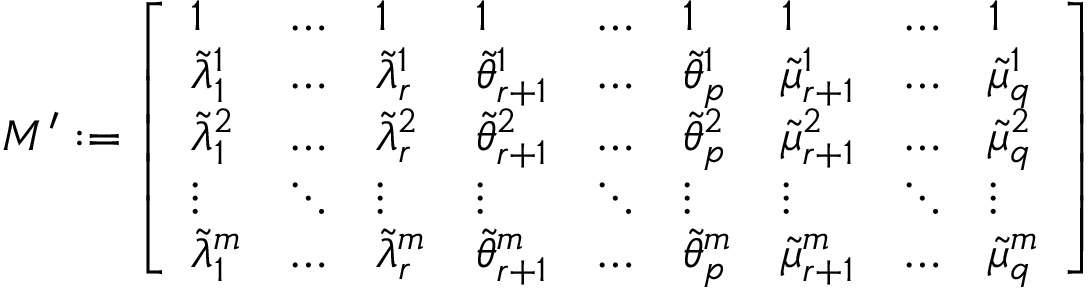
M ^ { \prime } : = \left[ \begin{array} { l l l l l l l l l } { 1 } & { \dots } & { 1 } & { 1 } & { \dots } & { 1 } & { 1 } & { \dots } & { 1 } \\ { \tilde { \lambda } _ { 1 } ^ { 1 } } & { \dots } & { \tilde { \lambda } _ { r } ^ { 1 } } & { \tilde { \theta } _ { r + 1 } ^ { 1 } } & { \dots } & { \tilde { \theta } _ { p } ^ { 1 } } & { \tilde { \mu } _ { r + 1 } ^ { 1 } } & { \dots } & { \tilde { \mu } _ { q } ^ { 1 } } \\ { \tilde { \lambda } _ { 1 } ^ { 2 } } & { \dots } & { \tilde { \lambda } _ { r } ^ { 2 } } & { \tilde { \theta } _ { r + 1 } ^ { 2 } } & { \dots } & { \tilde { \theta } _ { p } ^ { 2 } } & { \tilde { \mu } _ { r + 1 } ^ { 2 } } & { \dots } & { \tilde { \mu } _ { q } ^ { 2 } } \\ { \vdots } & { \ddots } & { \vdots } & { \vdots } & { \ddots } & { \vdots } & { \vdots } & { \ddots } & { \vdots } \\ { \tilde { \lambda } _ { 1 } ^ { m } } & { \dots } & { \tilde { \lambda } _ { r } ^ { m } } & { \tilde { \theta } _ { r + 1 } ^ { m } } & { \dots } & { \tilde { \theta } _ { p } ^ { m } } & { \tilde { \mu } _ { r + 1 } ^ { m } } & { \dots } & { \tilde { \mu } _ { q } ^ { m } } \end{array} \right]